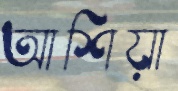
আশিয়া